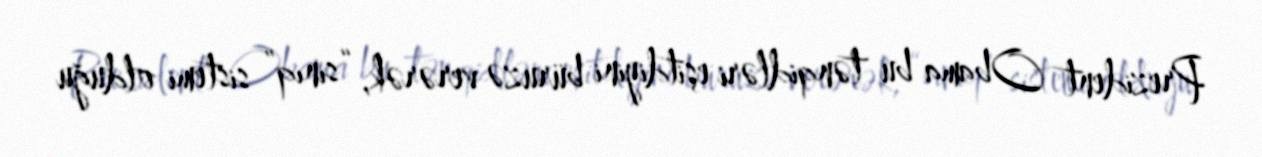
Prezident Obama bu tənqidləri eşitdiyini büruzə verərək, “sınıq” sistemi olduğu